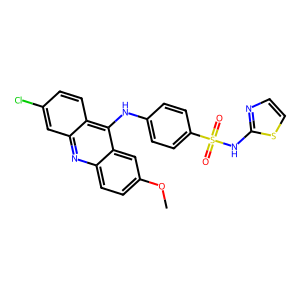
SMILES: COc1ccc2nc3cc(Cl)ccc3c(Nc3ccc(S(=O)(=O)Nc4nccs4)cc3)c2c1
Inhibits HIV replication: No